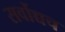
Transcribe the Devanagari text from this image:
सर्वोच्चच